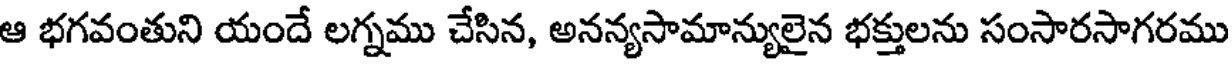
ఆ భగవంతుని యందే లగ్నము చేసిన, అనన్యసామాన్యులైన భక్తులను సంసారసాగరము